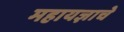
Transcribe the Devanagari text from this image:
महायज्ञाचे